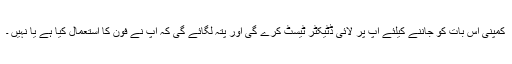
کمپنی اس بات کو جاننے کیلئے آپ پر لائی ڈٹیکٹر ٹیسٹ کرے گی اور پتہ لگائے گی کہ آپ نے فون کا استعمال کیا ہے یا نہیں ۔